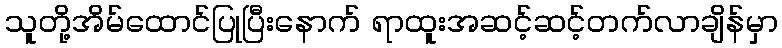
သူတို့အိမ်ထောင်ပြုပြီးနောက် ရာထူးအဆင့်ဆင့်တက်လာချိန်မှာ